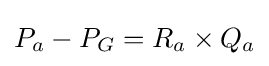
P_{a}-P_{G}=R_{a}\times Q_{a}